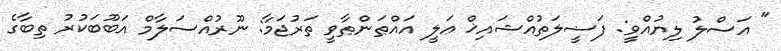
" އަސްލު ލިޔުއްވީ: ފަޟީލަތުއްޝައިޚް ޢަލީ އައްޠަންޠާވީ ތަރުޖަމާ: ނޫރުއްސަލާމް އަބޫބަކުރު ތިބާގެ